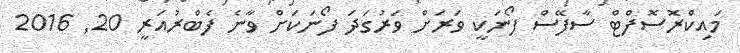
މައިކްރޮސޮފްޓް ސާފޭސް ފޯނަކީ ވަރަށް ވަރުގަދަ ފޯނަކަށް ވާނެ ފެބްރުއަރީ 20